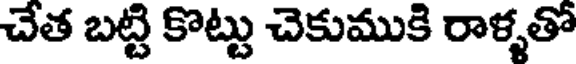
చేత బట్టి కొట్టు చెకుముకి రాళ్ళతో